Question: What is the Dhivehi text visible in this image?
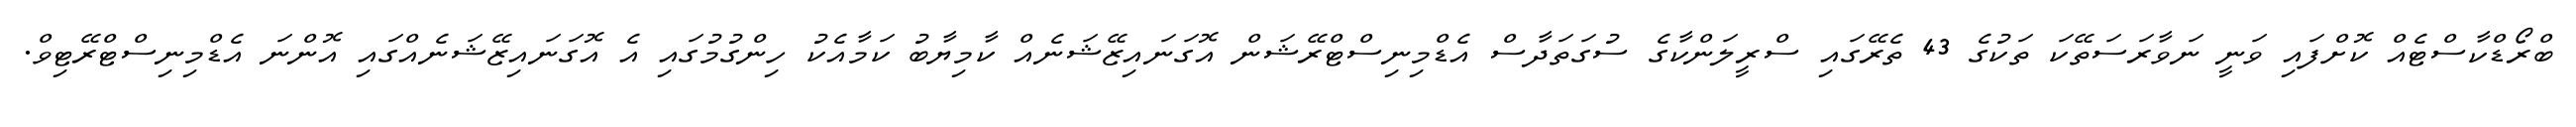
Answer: ބްރޯޑްކާސްޓެއް ކޮށްފައި ވަނީ ނަވާރަސަތޭކަ ތަކުގެ 43 ތެރޭގައި ސްރީލަންކާގެ ސުގަތަދާސް އެޑްމިނިސްޓްރޭޝަން އޮގަނައިޒޭޝަނެއް ކާމިޔާބު ކަމާއެކު ހިންގުމުގައި އެ އޮގަނައިޒޭޝަނެއްގައި އޮންނަ އެޑްމިނިސްޓްރޭޓިވް.